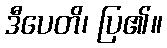
ဒီပေတိ၊ ပြ၏။